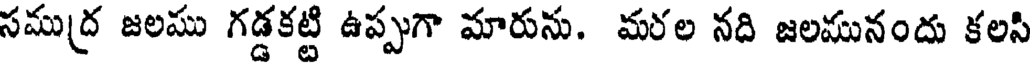
సముద్ర జలము గడ్డకట్టి ఉప్పుగా మారును. మరల నది జలమునందు కలసి